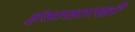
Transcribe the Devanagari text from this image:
हंसासारखी